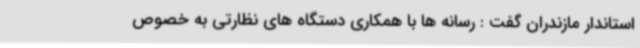
استاندار مازندران گفت : رسانه ها با همکاری دستگاه های نظارتی به خصوص